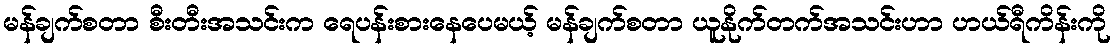
မန်ချက်စတာ စီးတီးအသင်းက ရေပန်းစားနေပေမယ့် မန်ချက်စတာ ယူနိုက်တက်အသင်းဟာ ဟယ်ရီကိန်းကို